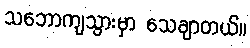
သဘောကျသွားမှာ သေချာတယ်။